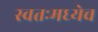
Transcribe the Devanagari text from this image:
स्वतःमध्येच